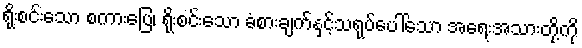
ရိုးစင်းသော စကားပြေ၊ ရိုးစင်းသော ခံစားချက်နှင့်သရုပ်ပေါ်သော အရေးအသားတို့ကို